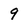
Character: 9